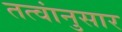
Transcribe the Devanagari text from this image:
तत्वांनुसार